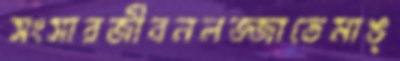
সংসারজীবনলজ্জাতেমাঙ্